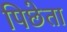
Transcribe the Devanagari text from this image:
पिछेता